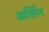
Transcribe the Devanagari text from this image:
अर्लिन